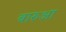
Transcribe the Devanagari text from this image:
बारुआ